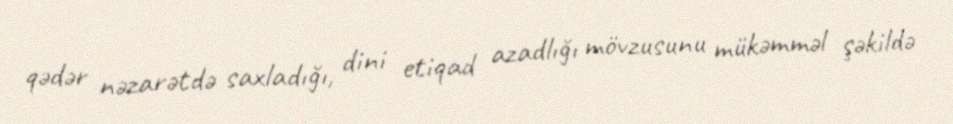
qədər nəzarətdə saxladığı, dini etiqad azadlığı mövzusunu mükəmməl şəkildə